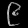
Digit: ၉